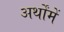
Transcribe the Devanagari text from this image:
अर्थोंमें